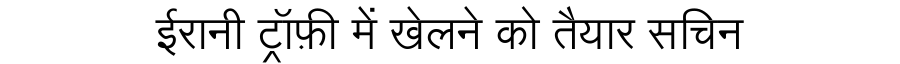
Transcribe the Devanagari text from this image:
ईरानी ट्रॉफ़ी में खेलने को तैयार सचिन